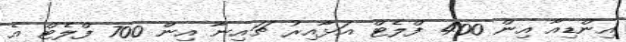
އިންޑިއާ އިން 400 ފްލެޓް އަޅާއިރު ޗައިނާ އިން 700 ފްލެޓް އެ